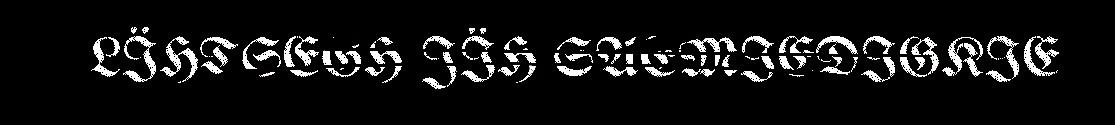
LÏHTSEGH JÏH SAEMIEDIGKIE